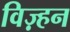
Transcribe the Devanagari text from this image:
विज़्हन